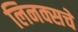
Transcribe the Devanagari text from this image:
लिनक्सचे